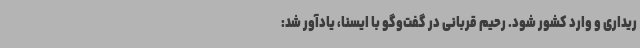
ریداری و وارد کشور شود. رحیم قربانی در گفت‌وگو با ایسنا، یادآور شد: